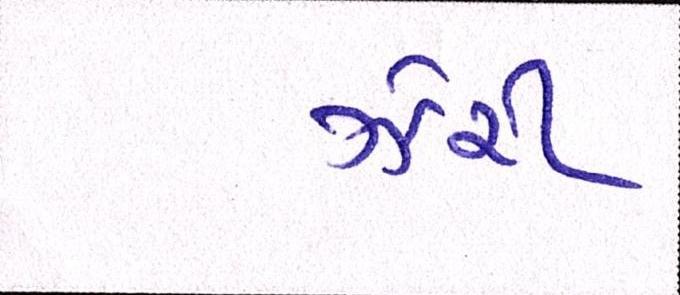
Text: ઝેરી